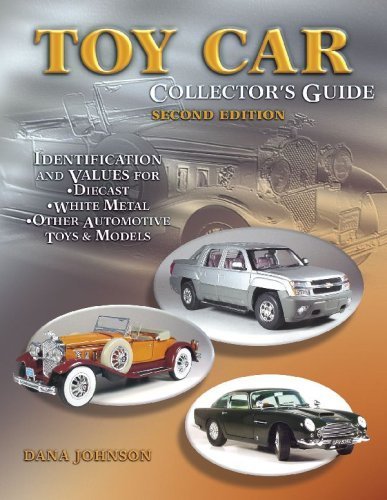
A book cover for Toy Car Collector's Guide: Identification and Values, Identification and Values for Diecast, White Metal, Other Automotive Toys & Models, Second Edition by Johnson, Dana (2005) Paperback; Dana Johnson; Crafts, Hobbies & Home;